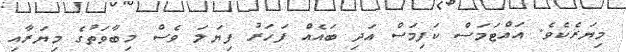
މިޔަރެކެވެ. އައްޓަމަސް ކަފިމަސް އަދި ބައެއް ފަހަރު ފިޔަލަ ވެސް މިބާވަތުގެ މިޔަރާއި